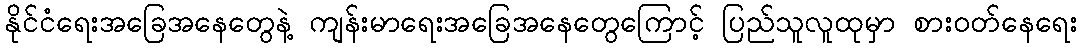
နိုင်ငံရေးအခြေအနေတွေနဲ့ ကျန်းမာရေးအခြေအနေတွေကြောင့် ပြည်သူလူထုမှာ စားဝတ်နေရေး